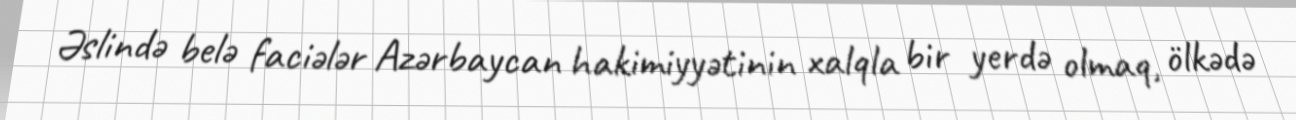
Əslində belə faciələr Azərbaycan hakimiyyətinin xalqla bir yerdə olmaq, ölkədə